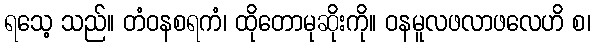
ရသေ့ သည်။ တံဝနစရကံ၊ ထိုတောမုဆိုးကို။ ဝနမူလဖလာဖလေဟိ စ၊